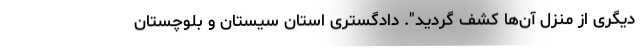
دیگری از منزل آن‌ها کشف گردید". دادگستری استان سیستان و بلوچستان